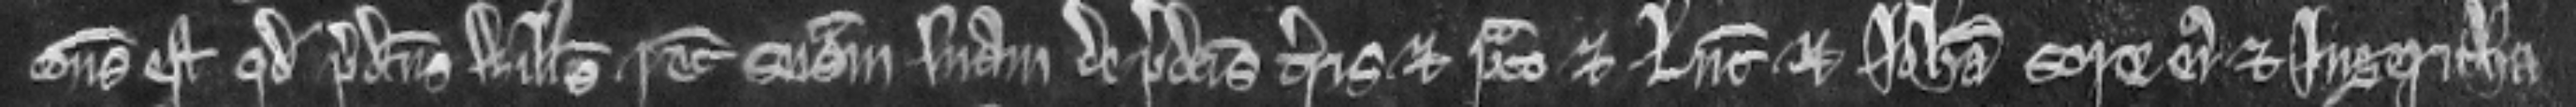
consideratum est quod predictus Willelmus recuperet seisinam suam de predictis terris et prato et Lucia et Johanna soror ejus et Ingeritha